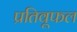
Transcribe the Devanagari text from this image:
प्रतिवूफल